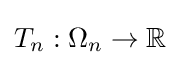
T_{n}:\Omega _{n}\rightarrow \mathbb {R}